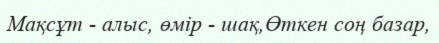
Мақсұт - алыс, өмір - шақ,Өткен соң базар,